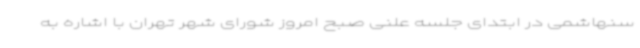
سنهاشمی در ابتدای جلسه علنی صبح امروز شورای شهر تهران با اشاره به